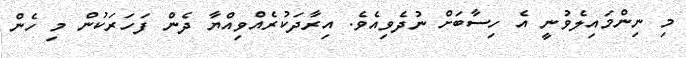
މި ނިންމައިލެވުނީ އެ ހިސާބަށް ނުދެވިއެވެ. އިރާދަކުރެއްވިއްޔާ ދެން ފަހަރަކުން މި ހެން